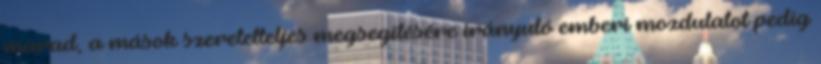
marad, a mások szeretetteljes megsegítésére irányuló emberi mozdulatot pedig